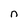
Character: n